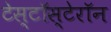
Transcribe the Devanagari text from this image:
टेस्टॉस्टेरॉन